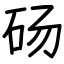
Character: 砀